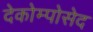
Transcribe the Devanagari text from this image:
देकोम्पोसेद